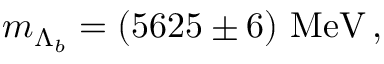
m _ { \Lambda _ { b } } = ( 5 6 2 5 \pm 6 ) ~ \mathrm { M e V } \, ,